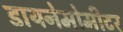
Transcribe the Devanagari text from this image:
डायनेमोमीटर